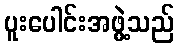
ပူးပေါင်းအဖွဲ့သည်